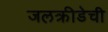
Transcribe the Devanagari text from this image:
जलक्रीडेची